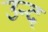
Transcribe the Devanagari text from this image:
उन्द